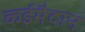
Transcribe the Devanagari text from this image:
कईमैदान